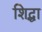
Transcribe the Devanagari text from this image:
शिद्धा